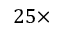
2 5 \times